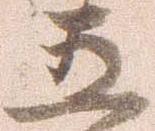
五